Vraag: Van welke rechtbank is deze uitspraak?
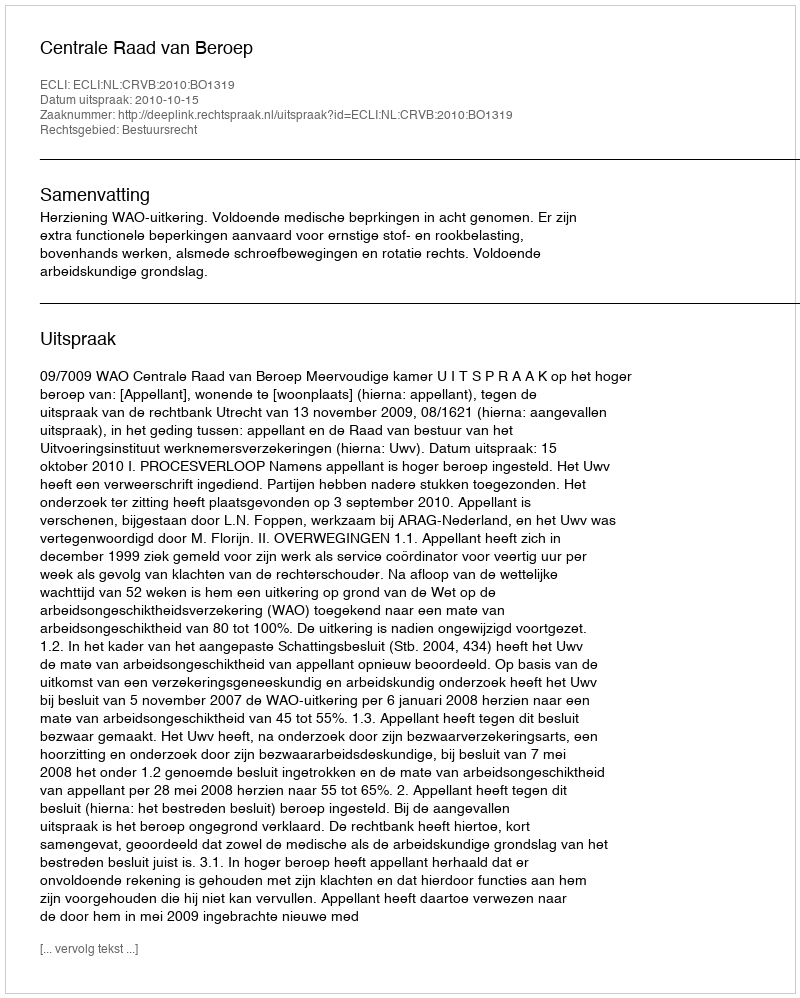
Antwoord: Centrale Raad van Beroep